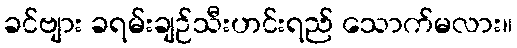
ခင်ဗျား ခရမ်းချဉ်သီးဟင်းရည် သောက်မလား။